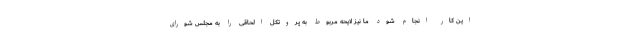
این کار انجام شود ما نیز لایحه مربوط به پروتکل الحاقی را به مجلس شورای